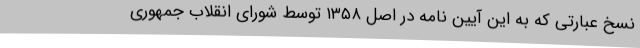
نسخ عبارتی که به این آیین نامه در اصل ۱۳۵۸ توسط شورای انقلاب جمهوری